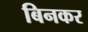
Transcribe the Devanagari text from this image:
बिनकर